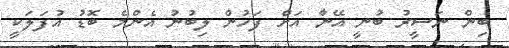
ބިން ނަސީރު ބުނީ އޭނާ އަށް ފަހުން ލިބުނު އެންމެ ބޮޑު އުފަލަކީ